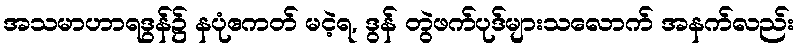
အသမာဟာရဒွန်၌ နပုံဧကတ် မငဲ့ရ, ဒွန် တွဲဖက်ပုဒ်များသလောက် အနက်လည်း